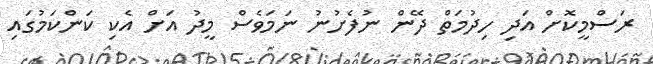
ރަސްމީކޮށް އަދި ހިދުމަތް ދޭން ނުފެށުނު ނަމަވެސް މީދު އަށް އެކި ކަންކަމުގައި